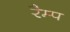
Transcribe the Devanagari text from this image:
रैम्‍प